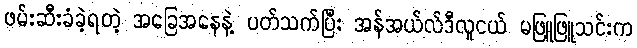
ဖမ်းဆီးခံခဲ့ရတဲ့ အခြေအနေနဲ့ ပတ်သက်ပြီး အန်အယ်လ်ဒီလူငယ် မဖြူဖြူသင်းက